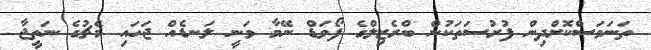
ތަނަވަސްކޮށްދިން ފުރުސަތަކުން ބްރެޒިލްގެ ފޯވަޑް ނޭމާ ވަނީ ލަނޑެއް ޖަހައި މެޗުގެ ނަތީޖާ